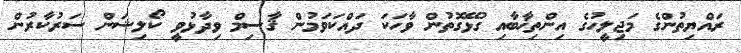
ރައްޔިތުންގެ މަޖިލީހުގެ އިންތިޚާބާއި ގުޅޭގޮތުން ވާހަކަ ދައްކަވަމުން ޤާސިމް ވިދާޅުވީ ކޯލިޝަން ސަރުކާރުން